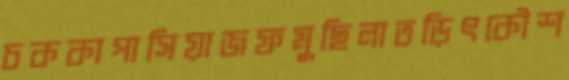
চককাপাসিয়াজফমুছিলাতড়িৎকৌশ